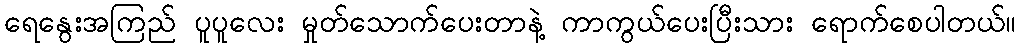
ရေနွေးအကြည် ပူပူလေး မှုတ်သောက်ပေးတာနဲ့ ကာကွယ်ပေးပြီးသား ရောက်စေပါတယ်။